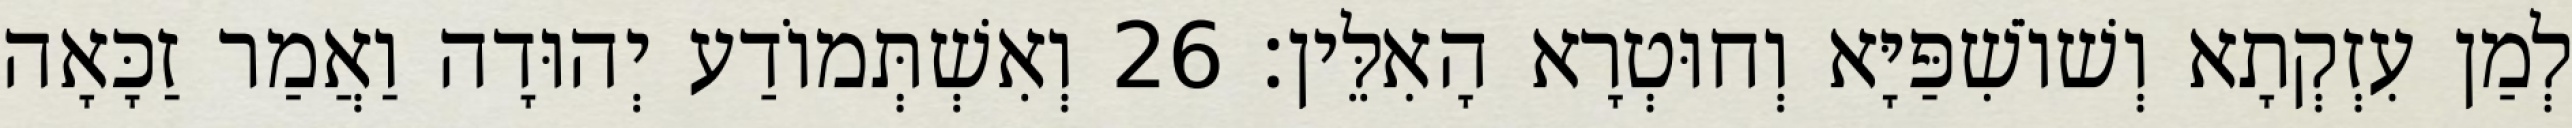
לְמַן עִזְקְתָא וְשׁוֹשִׁפַּיָּא וְחוּטְרָא הָאִלֵּין׃ 26 וְאִשְׁתְּמוֹדַע יְהוּדָה וַאֲמַר זַכָּאָה